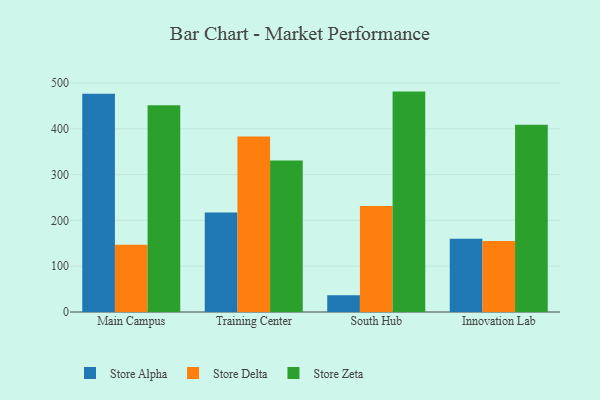
{"axis": {"x": "Campus", "y": "Satisfaction Score"}, "legend": ["Store Alpha", "Store Delta", "Store Zeta"], "data": [{"x": "Main Campus", "y": 476.4, "type": "Store Alpha"}, {"x": "Main Campus", "y": 146.8, "type": "Store Delta"}, {"x": "Main Campus", "y": 451.4, "type": "Store Zeta"}, {"x": "Training Center", "y": 217.2, "type": "Store Alpha"}, {"x": "Training Center", "y": 383.2, "type": "Store Delta"}, {"x": "Training Center", "y": 330.7, "type": "Store Zeta"}, {"x": "South Hub", "y": 36.4, "type": "Store Alpha"}, {"x": "South Hub", "y": 231.5, "type": "Store Delta"}, {"x": "South Hub", "y": 481.1, "type": "Store Zeta"}, {"x": "Innovation Lab", "y": 160.0, "type": "Store Alpha"}, {"x": "Innovation Lab", "y": 154.8, "type": "Store Delta"}, {"x": "Innovation Lab", "y": 408.5, "type": "Store Zeta"}]}